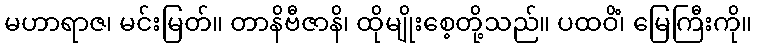
မဟာရာဇ၊ မင်းမြတ်။ တာနိဗီဇာနိ၊ ထိုမျိုးစေ့တို့သည်။ ပထဝိံ၊ မြေကြီးကို။